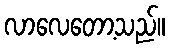
လာလေတော့သည်။